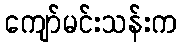
ကျော်မင်းသန်းက